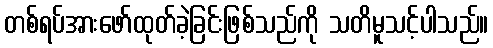
တစ်ရပ်အားဖော်ထုတ်ခဲ့ခြင်းဖြစ်သည်ကို သတိမူသင့်ပါသည်။